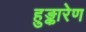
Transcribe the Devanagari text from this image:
हुङ्कारेण